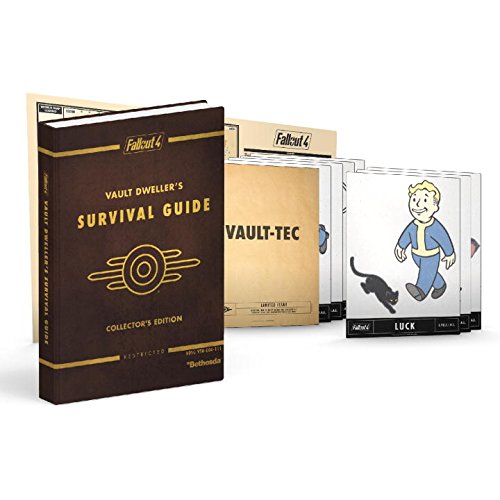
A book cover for Fallout 4 Vault Dweller's Survival Guide Collector's Edition: Prima Official Game Guide (Prima Official Game Guides); David Hodgson; Humor & Entertainment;